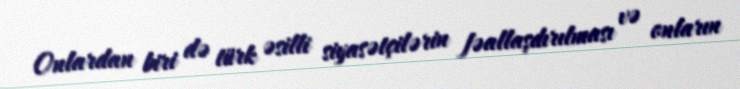
Onlardan biri də türk əsilli siyasətçilərin fəallaşdırılması və onların